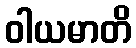
ဝါယမာတိ